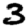
Digit: 3